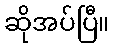
ဆိုအပ်ပြီ။